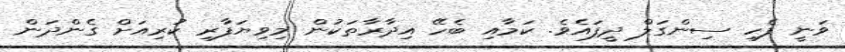
ވަނީ ފެހި ސިންގަލް ދީފައެވެ. ކަމާއި ބެހޭ އިދާރާތަކުން މިިވިޔަފާރި ކުރިއަށް ގެންދަން